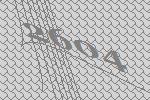
2604